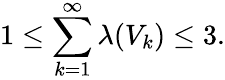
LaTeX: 1\leq\sum_{k=1}^{\infty}\lambda(V_{k})\leq 3.